Document type: Emphyteutic lease
Year: 1316
Scribe: Guillem de Vila
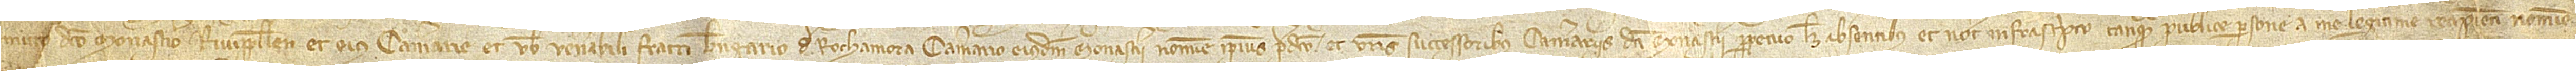
mitto dicto monasterio Rivipullense et eius camerarie et vobis venerabili fratri Berengario de Rochamora, cameraro eiusdem monasterii, nomine ipsius predicto et vestris successoribus camerariis dicti monasterii perpetuo licet absentibus et notario infrascripto tanquam publice persone a me legitime recipienti nomine